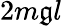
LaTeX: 2m\mathfrak{g}l